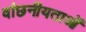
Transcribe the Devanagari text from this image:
वांछनीयताओं